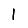
Digit: 1